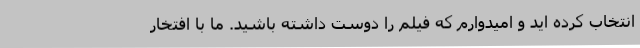
انتخاب کرده اید و امیدوارم که فیلم را دوست داشته باشید. ما با افتخار